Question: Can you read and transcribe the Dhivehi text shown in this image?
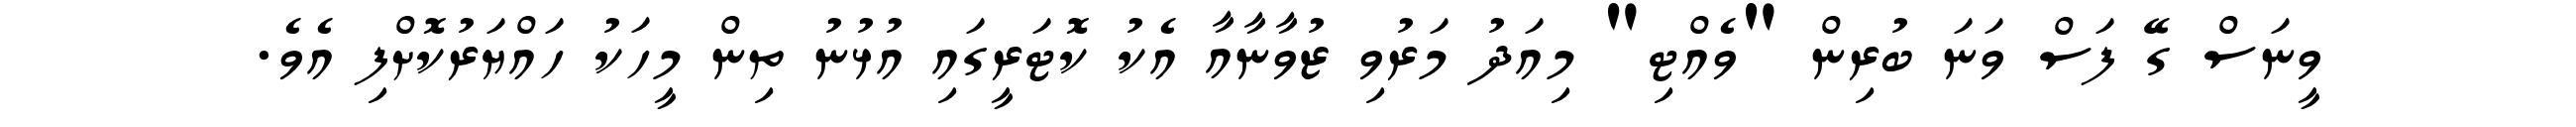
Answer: ވީނަސް ގޭ ފަސް ވަނަ ބުރިން "ވެއްޓި" މިއަދު މަރުވި ޒުވާނާއާ އެކު ކޮޓަރީގައި އުޅުނު ތިން މީހަކު ހައްޔަރުކޮށްފި އެވެ.